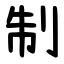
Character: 制